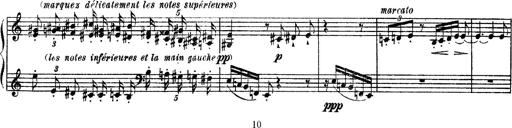
Title: Apparitions
Composer: Franz Liszt